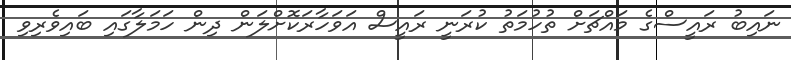
ނައިބު ރައީސްގެ މައްޗަށް ތުހުމަތު ކުރަނީ ރައީސް އަވަހާރަކޮށްލަން ދިން ހަމަލާގައި ބައިވެރިވި